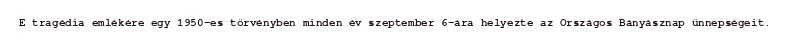
E tragédia emlékére egy 1950-es törvényben minden év szeptember 6-ára helyezte az Országos Bányásznap ünnepségeit.